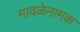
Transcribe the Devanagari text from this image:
मावळेनामक